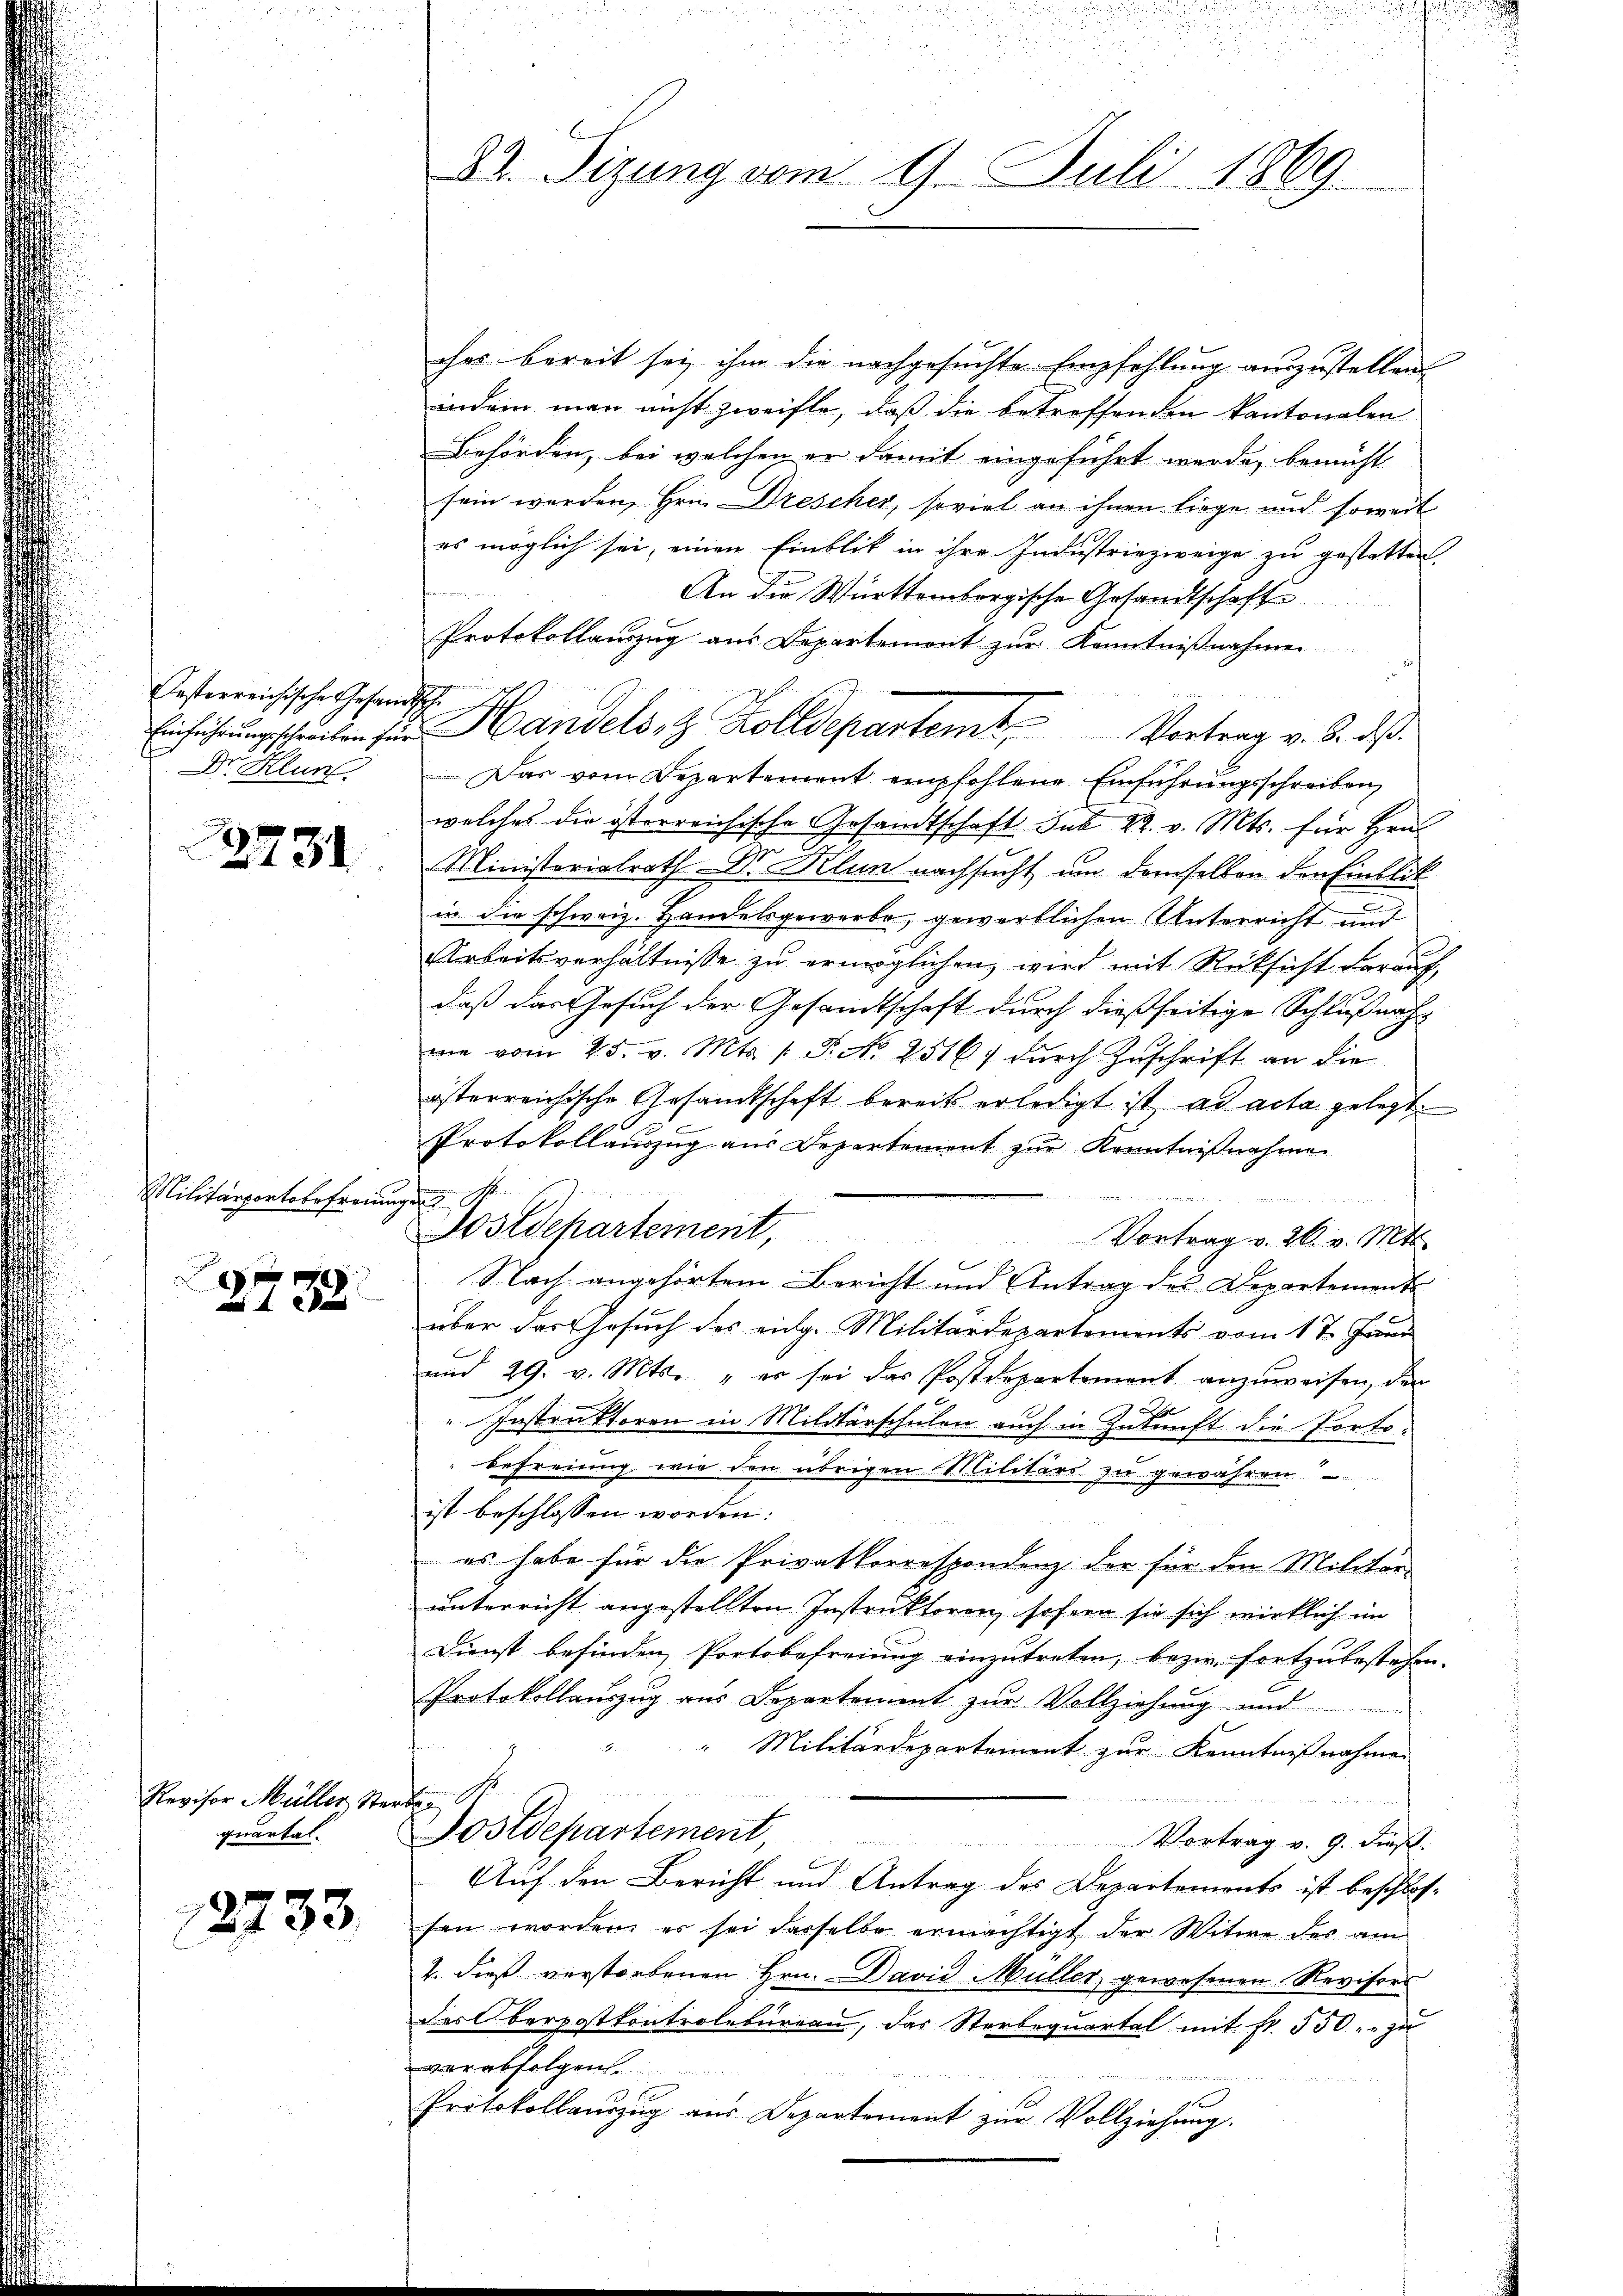
esterreichische Gesandtsche
Dr. Hlun

2731

Militärportabefreiungen

2738.

Revisor Müller Ste
quartal.

12733

ches bereit sei ihm die nachgesuchte Empfehlung auszustellen,
indem man nicht zweifle, daß die betreffenden kantonalen
Behörden, bei welchen er damit eingeführt werde, bemüht
sein worden, Hrn. Drescher, soviel an ihnen liege und soweit
es möglich sei, einen Einblik in ihre Industriezweige zu gestatten,
An die Württembergische Gesandtschafte
Protokollauszug aus Departement zur Kenntnißnahmen
Einführungschreiben für Handels, z. Zolldepartem Vortrag v. 3. ds.
Das vom Departement empfohlene Einführŭngsschreiben
welches die österreichische Gesandtschaft sub 22. v. Mts. für Hrn
Ministorialrath Dr Klun nachsucht um demselben der Einblick
in die schweiz. Handelsgewerbe, gewerblichen Unterricht und
Arbeitsverhältnisse zu ermöglichen, wird mit Rücksicht darauf,
daß das Gesuch der Gesandtschaft durch dießseitige Schlußnahme vom 25. v. Mts. 1. P. Nr. 2516/ dŭrch Zuschrift an die
österreichische Gesandtschaft bereits erledigt ist ad acta gelegt.
Protokollauszug aus Departement zur Kenntnißnahme
2
u
Postdepartement,
Vortrag v. 26. v. Mts.
Nach angehörtem Bericht und Antrag des Departements
über der Gesuch des eidg. Militärdepartements vom 1te Frau
und 29. v. Mts.. „es sei das Postdepartement anzuweisen, der
e
" Instruktoren in Militärschulen auch in Zukunft die Porto¬
Befreiung wie den übrigen Militärs zu gewähren
ist beschlossen worden:
es habe für die Privatkorrespondenz der für den Militär-
unterricht angestellten Instruktoren, sofern sie sich wirklich im
Dienst befinden Portobefreiung einzutreten, bezw. fortzubestehen.
Protokollauszug aus Departement zur Vollziehung und
Militärdepartement zur Kenntnißnahmen
etten
Postdepartement, Vortrag v. 9. ds.
Auf den Bericht und Antrag des Departements ist beschlos-
sen worden er sei derselbe ermächtigt der Witwe der am
2. dieß verstorbenen Hrn. David Müller gewesenen Revisors
des Oberpostkontrolbureau, das Sterbequartal mit fr. 550 zu
verabfolgen.
Protokollauszug aus Departement zur Vollziehung.

d
27. Sizung vom 9. Juli 1869